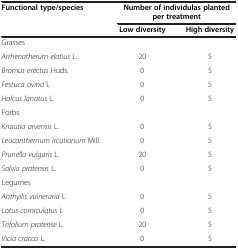
<table><thead><tr><td><b>Functional type/species</b></td><td colspan="2"><b>Number of individulas planted per treatment</b></td></tr><tr><td><b> </b></td><td><b>Low diversity</b></td><td><b>High diversity</b></td></tr></thead><tbody><tr><td>Grasses</td><td> </td><td> </td></tr><tr><td><i>Arrhenatherum elatius</i> L.</td><td>20</td><td>5</td></tr><tr><td><i>Bromus erectus</i> Huds.</td><td>0</td><td>5</td></tr><tr><td><i>Festuca ovina</i> L</td><td>0</td><td>5</td></tr><tr><td><i>Holcus lanatus</i> L.</td><td>0</td><td>5</td></tr><tr><td>Forbs</td><td> </td><td> </td></tr><tr><td><i>Knautia arvensis</i> L.</td><td>0</td><td>5</td></tr><tr><td><i>Leucanthemum ircutianum</i> Mill.</td><td>0</td><td>5</td></tr><tr><td><i>Prunella vulgaris</i> L.</td><td>20</td><td>5</td></tr><tr><td><i>Salvia pratensis</i> L.</td><td>0</td><td>5</td></tr><tr><td>Legumes</td><td> </td><td> </td></tr><tr><td><i>Anthyllis vulneraria</i> L</td><td>0</td><td>5</td></tr><tr><td><i>Lotus corniculatus</i> L</td><td>0</td><td>5</td></tr><tr><td><i>Trifolium pratense</i> L.</td><td>20</td><td>5</td></tr><tr><td><i>Vicia cracca</i> L.</td><td>0</td><td>5</td></tr></tbody></table>